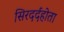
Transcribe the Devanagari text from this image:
सिरदर्दहोता